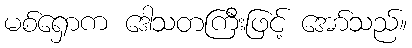
မစ်ရှောက ဒေါသတကြီးဖြင့် အော်သည်။